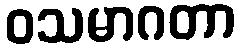
ဝသမာဂတာ